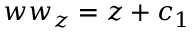
w w _ { z } = z + c _ { 1 }